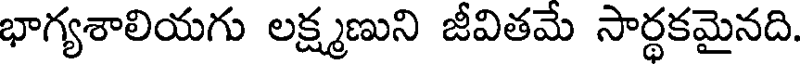
భాగ్యశాలియగు లక్ష్మణుని జీవితమే సార్థకమైనది.